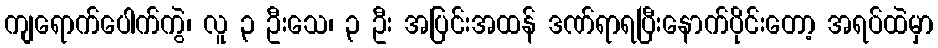
ကျရောက်ပေါက်ကွဲ၊ လူ ၃ ဦးသေ၊ ၃ ဦး အပြင်းအထန် ဒဏ်ရာရပြီးနောက်ပိုင်းတော့ အရပ်ထဲမှာ